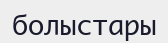
болыстары